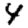
Digit: 4